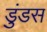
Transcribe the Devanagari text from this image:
डुंडस